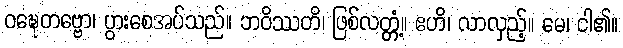
ဝဍ္ဎေတဗ္ဗော၊ ပွားစေအပ်သည်။ ဘဝိဿတိ၊ ဖြစ်လတ္တံ့။ ဧဟိ၊ လာလှည့်။ မေ၊ ငါ၏။